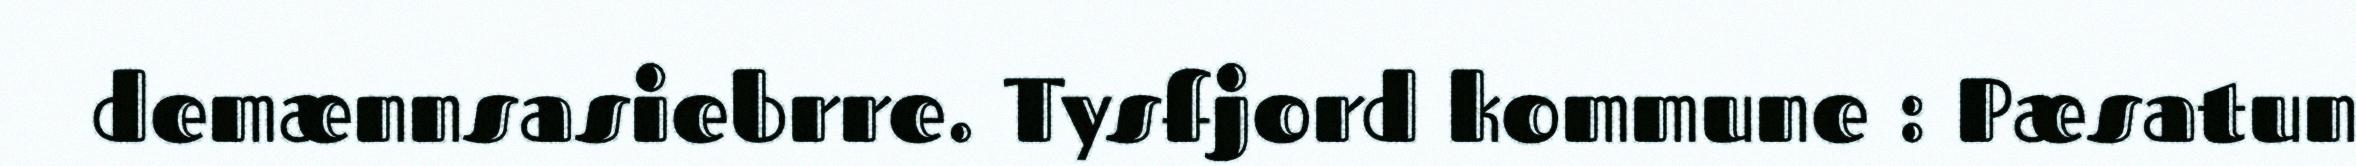
demænnsasiebrre. Tysfjord kommune : Pæsatun